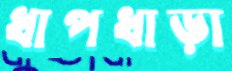
ধাপধাড়া